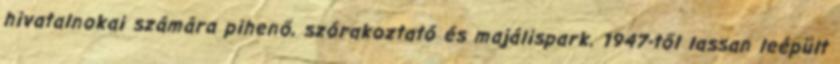
hivatalnokai számára pihenő, szórakoztató és majálispark. 1947-től lassan leépült